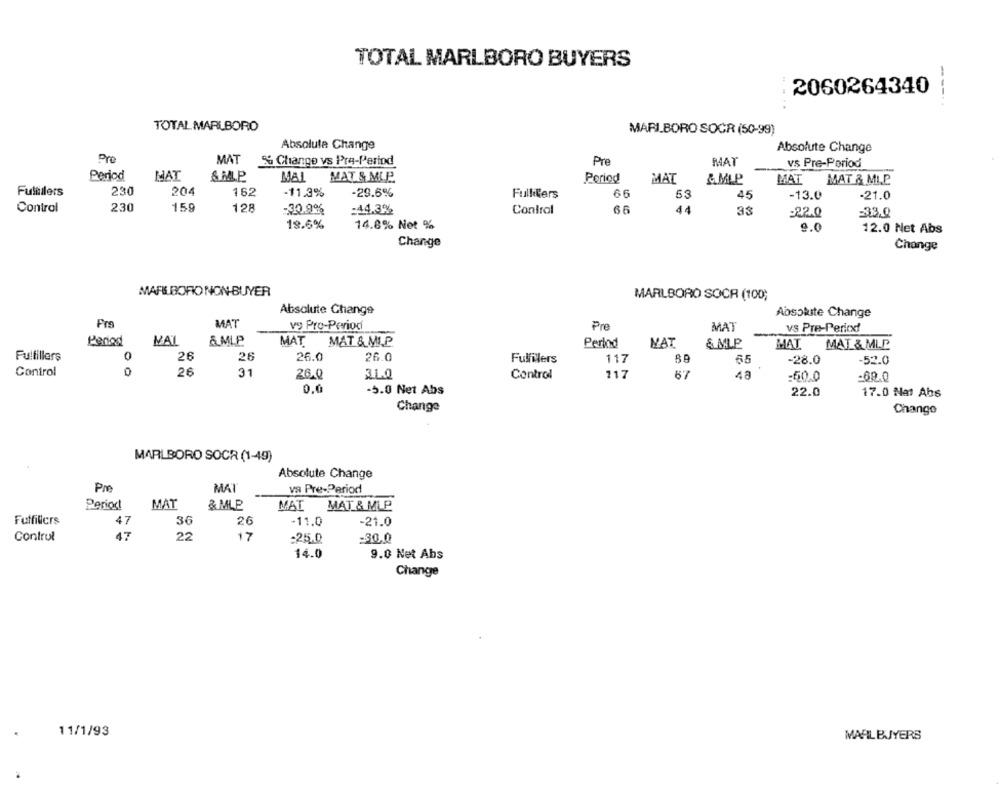
TOTAL MARLBORO BUYERS
2060264340
---..
TOTAL MARLBORO
MARI.BORO SOCR (50-99)
Absoluta Change
Absolute Change
Pro
MAT
% Change vs Pre-Period
Pre
MAT
vs Pre-Period
Period
NAT
MAL MAT & MLP.
Period
MAT
&MP
MAT MAT & MLP
230
204
Fulfillers
162
-11.3%
-29.6%
Fulliters
66
53
45
-13.0
-21.0
159
Control
230
128
.30.9%
:44.3%
Control
66
44
33
=22.0
=33,0
18.6%
14.8% Net %
9.0
12.0 Net Abs
Change
Change
MAFEBOFIO NON-BUYER
MARLBORO SOCR (100;
Absolute Change
Absolute Change
MAT
vy Pre-Period
Pre
MAT
vs Pre-Period
MAL
&.MLP
Penod
MAT MAT & MLP
Period
MAT
& MLP
MAT MAT & MLP
Fullillers
0
26
26
26.0
26.0
Fulfillers
117
65
-28.0
-52.0
Control
26
31
26.0
31.0
Control
117
67
48
-50.0
-60.0
0.0
-5.0 Net Abs
22.0
17.0 Nat Abs
Change
Chango
MARLBORO SOCR (1-49)
Absolute Change
PM
MAT
va Pre-Period
Period
MAT
& MLP
MAI MAT & MLP
Fuffillers
47
36
26
-11.0
-21.0
Control
47
22
17
-25.0
-30.0
14.0
9.0 Net Abs
Change
11/1/93
MAAL BUYERS